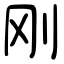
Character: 刚